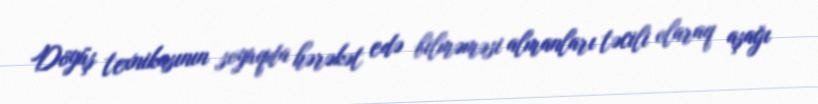
Döyüş texnikasının soyuqda hərəkət edə bilməməsi almanları təcili olaraq aşağı